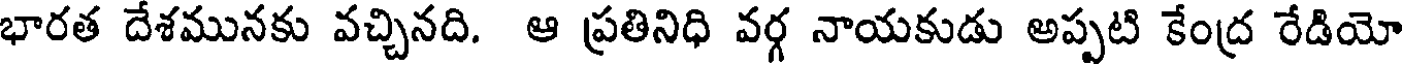
భారత దేశమునకు వచ్చినది. ఆ ప్రతినిధి వర్గ నాయకుడు అప్పటి కేంద్ర రేడియో